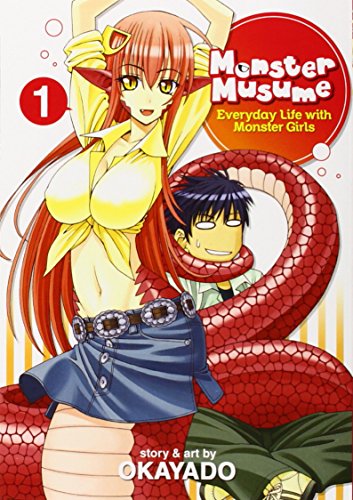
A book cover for Monster Musume, Vol. 1; OKAYADO; Comics & Graphic Novels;